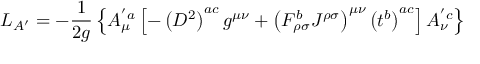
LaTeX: { \cal { L } } _ { A ^ { \prime } } = - \frac { 1 } { 2 g } \left\{ A _ { \mu } ^ { ' a } \left[ - \left( D ^ { 2 } \right) ^ { a c } g ^ { \mu \nu } + \left( F _ { \rho \sigma } ^ { b } { \cal { J } } ^ { \rho \sigma } \right) ^ { \mu \nu } \left( t ^ { b } \right) ^ { a c } \right] A _ { \nu } ^ { ' c } \right\}